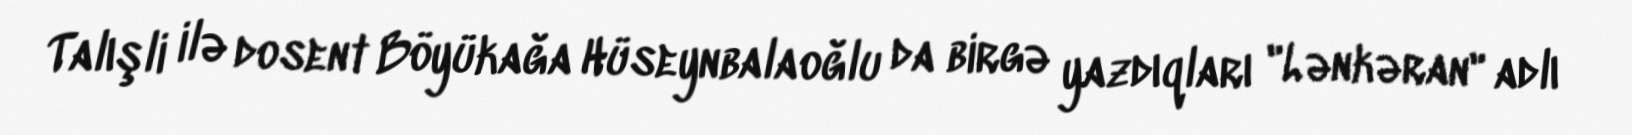
Talışli ilə dosent Böyükağa Hüseynbalaoğlu da birgə yazdıqları "Lənkəran" adlı